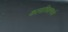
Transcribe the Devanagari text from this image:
कलाशिक्षणार्थ